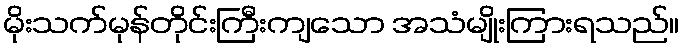
မိုးသက်မုန်တိုင်းကြီးကျသော အသံမျိုးကြားရသည်။